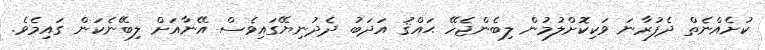
ކުށެއްނެތް ދެފުރާނަ ވަކިކޮށްލުމުން ލިބެންޖެހޭ ޙައްޤު އަދަބު ދެދުނިޔޭގައިވެސް އޭނާއަށް ލިބޭނެކަން ގައިމެވެ.